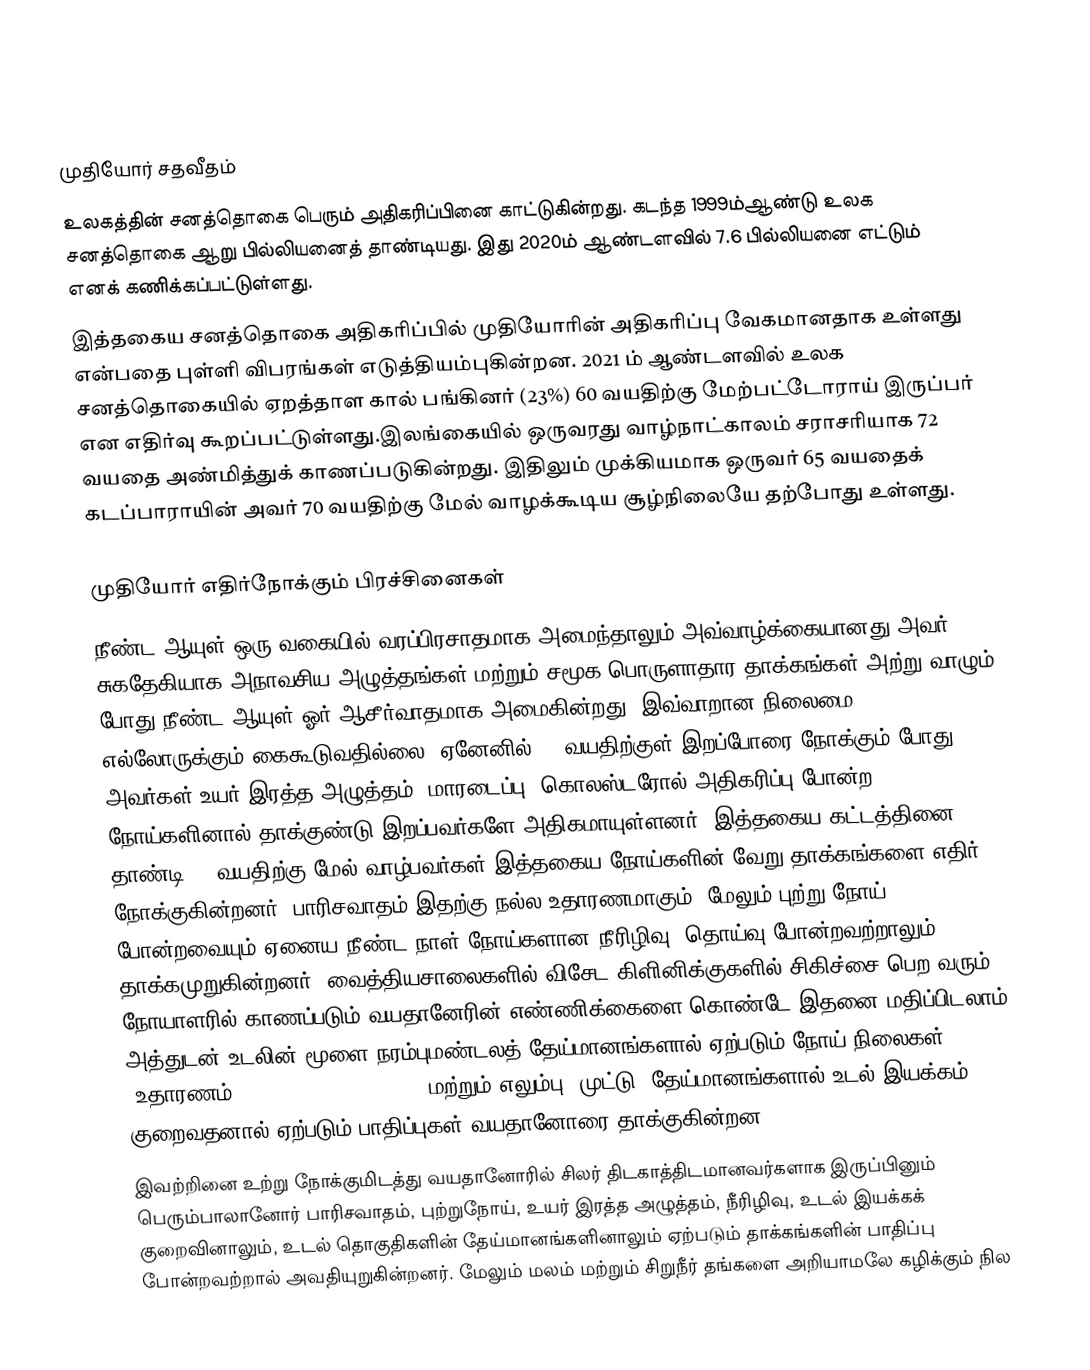

முதியோர் சதவீதம்
உலகத்தின் சனத்தொகை பெரும் அதிகரிப்பினை காட்டுகின்றது. கடந்த 1999ம்ஆண்டு உலக சனத்தொகை ஆறு பில்லியனைத் தாண்டியது. இது 2020ம் ஆண்டளவில் 7.6 பில்லியனை எட்டும் எனக் கணிக்கப்பட்டுள்ளது.
இத்தகைய சனத்தொகை அதிகரிப்பில் முதியோரின் அதிகரிப்பு வேகமானதாக உள்ளது என்பதை புள்ளி விபரங்கள் எடுத்தியம்புகின்றன. 2021 ம் ஆண்டளவில் உலக சனத்தொகையில் ஏறத்தாள கால் பங்கினர் (23%) 60 வயதிற்கு மேற்பட்டோராய்  இருப்பர் என எதிர்வு கூறப்பட்டுள்ளது.இலங்கையில் ஒருவரது வாழ்நாட்காலம் சராசரியாக 72 வயதை அண்மித்துக் காணப்படுகின்றது. இதிலும் முக்கியமாக ஒருவர் 65 வயதைக் கடப்பாராயின் அவர் 70 வயதிற்கு மேல் வாழக்கூடிய சூழ்நிலையே தற்போது உள்ளது.

முதியோர் எதிர்நோக்கும் பிரச்சினைகள்
நீண்ட ஆயுள் ஒரு வகையில் வரப்பிரசாதமாக அமைந்தாலும் அவ்வாழ்க்கையானது அவர் சுகதேகியாக அநாவசிய அழுத்தங்கள் மற்றும் சமூக பொருளாதார தாக்கங்கள் அற்று வாழும் போது நீண்ட ஆயுள் ஓர் ஆசீர்வாதமாக அமைகின்றது. இவ்வாறான நிலைமை  எல்லோருக்கும் கைகூடுவதில்லை. ஏனேனில் 65 வயதிற்குள் இறப்போரை நோக்கும் போது அவர்கள் உயர் இரத்த அழுத்தம், மாரடைப்பு, கொலஸ்டரோல் அதிகரிப்பு போன்ற நோய்களினால் தாக்குண்டு இறப்பவர்களே அதிகமாயுள்ளனர். இத்தகைய கட்டத்தினை தாண்டி 65 வயதிற்கு மேல் வாழ்பவர்கள் இத்தகைய நோய்களின் வேறு தாக்கங்களை எதிர் நோக்குகின்றனர். பாரிசவாதம் இதற்கு நல்ல உதாரணமாகும். மேலும் புற்று நோய் போன்றவையும் ஏனைய நீண்ட நாள் நோய்களான  நீரிழிவு, தொய்வு போன்றவற்றாலும் தாக்கமுறுகின்றனர். வைத்தியசாலைகளில் விசேட கிளினிக்குகளில் சிகிச்சை பெற வரும் நோயாளரில் காணப்படும் வயதானேரின் எண்ணிக்கைளை கொண்டே இதனை மதிப்பிடலாம். அத்துடன் உடலின் மூளை நரம்புமண்டலத் தேய்மானங்களால் ஏற்படும் நோய் நிலைகள் (உதாரணம் PARKINSON’S, DEMENTIA) மற்றும் எலும்பு, முட்டு, தேய்மானங்களால் உடல் இயக்கம் குறைவதனால் ஏற்படும் பாதிப்புகள் வயதானோரை தாக்குகின்றன.
இவற்றினை உற்று நோக்குமிடத்து வயதானோரில் சிலர் திடகாத்திடமானவர்களாக இருப்பினும் பெரும்பாலானோர் பாரிசவாதம், புற்றுநோய், உயர் இரத்த அழுத்தம், நீரிழிவு, உடல் இயக்கக் குறைவினாலும், உடல் தொகுதிகளின் தேய்மானங்களினாலும் ஏற்படும் தாக்கங்களின் பாதிப்பு போன்றவற்றால் அவதியுறுகின்றனர். மேலும் மலம் மற்றும் சிறுநீர் தங்களை அறியாமலே கழிக்கும் நில